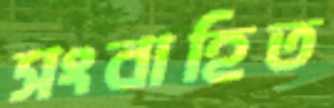
সংবাহিত